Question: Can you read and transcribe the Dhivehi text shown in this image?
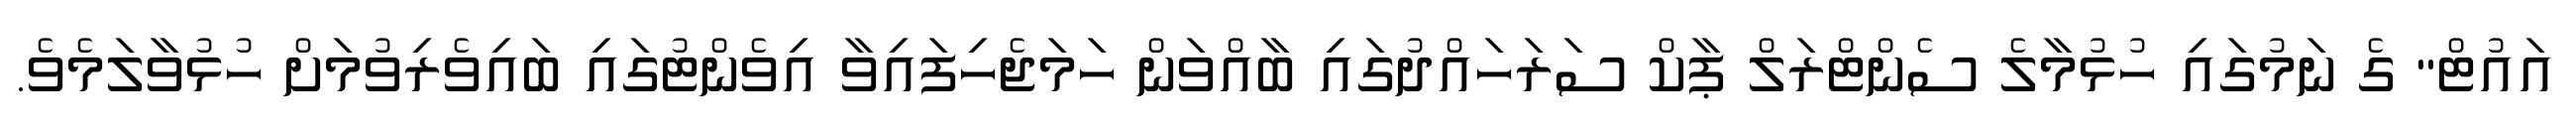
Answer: އައުޓް" ގެ ނަމުގައި ހުޅުމާލެ ސެންޓްރަލް ޕާކް ސަރަހައްދުގައި ބާއްވަން ހަމަޖެހިފައިވާ އިވެންޓުގައި ބައިވެރިވުމަށް ހުޅުވާލަމެވެ.